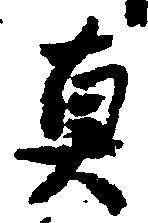
真